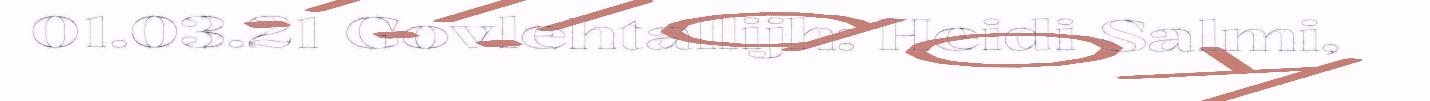
01.03.21 Govlehtallijh: Heidi Salmi,